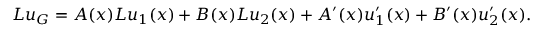
L u _ { G } = A ( x ) L u _ { 1 } ( x ) + B ( x ) L u _ { 2 } ( x ) + A ^ { \prime } ( x ) u _ { 1 } ^ { \prime } ( x ) + B ^ { \prime } ( x ) u _ { 2 } ^ { \prime } ( x ) .